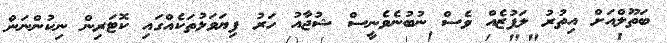
ބަތޫލްއަށް އިތުރު ލަފުޒެއް ވެސް ނުބުނެވެނީސް ޝުޖާއު ހަރު ފިޔަވަޅުތަކެއްގައި ކޮޓަރިން ނިކުންނަން